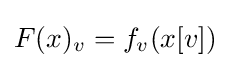
F(x)_{v}=f_{v}(x[v])\;